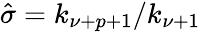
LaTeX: \hat{\sigma}=k_{\nu+p+1}/k_{\nu+1}